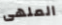
الملهى